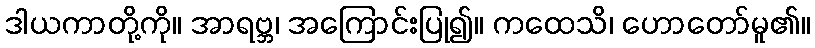
ဒါယကာတို့ကို။ အာရဗ္ဘ၊ အကြောင်းပြု၍။ ကထေသိ၊ ဟောတော်မူ၏။